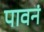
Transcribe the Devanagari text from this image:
पावनं